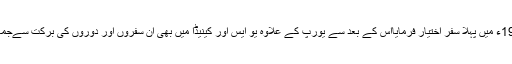
بعد میں آپؒ نے امریکی ممالک کا 1976ء میں پہلا سفر اختیار فرمایااس کے بعد سے یورپ کے علاوہ یو ایس اور کینیڈا میں بھی ان سفروں اور دوروں کی برکت سےجماعت بڑی تیزی سے ترقی کرنے لگی ۔